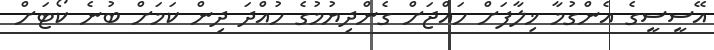
އޭސީސީގެ އެންގުމާ ޚިލާފަށް ހައްޖަށް ގެންދިޔުމުގެ ހުއްދަ ދިން ކަމަށް ބުނެ ކޯޓަށް